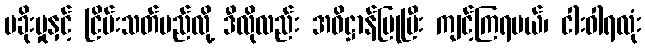
မခိုးမှုနှင့် ငြိမ်းသတ်မည်လို့ ဒီလိုလည်း အဓိဋ္ဌာန်ပြုပြီး ကျင့်ကြရမယ်၊ ငါးဝါရလုံး